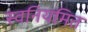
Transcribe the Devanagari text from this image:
स्वनियमित